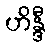
ဟိန္ဒီ